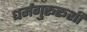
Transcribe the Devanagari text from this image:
धर्मगुरूरूशी